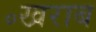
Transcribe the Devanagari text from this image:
॰खराब